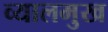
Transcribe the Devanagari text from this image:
व्यालमुख